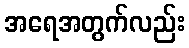
အရေအတွက်လည်း